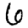
Digit: 6